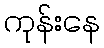
ကုန်းနေ